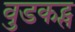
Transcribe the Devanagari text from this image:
वुडकट्स